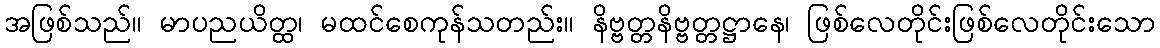
အဖြစ်သည်။ မာပညယိတ္ထ၊ မထင်စေကုန်သတည်း။ နိဗ္ဗတ္တနိဗ္ဗတ္တဋ္ဌာနေ၊ ဖြစ်လေတိုင်းဖြစ်လေတိုင်းသော